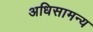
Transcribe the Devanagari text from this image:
अधिसामन्य